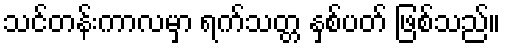
သင်တန်းကာလမှာ ရက်သတ္တ နှစ်ပတ် ဖြစ်သည်။